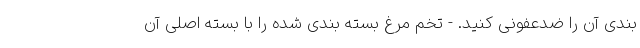
بندی آن را ضدعفونی کنید. - تخم مرغ بسته بندی شده را با بسته اصلی آن